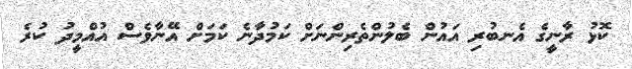
ކޮޅު ރާނީގެ އެނބުރި އައުން ބެލުންތެރިންނަށް ކަމުދާނެ ކަމަށް އޭނާވެސް އުއްމީދު ކުރެ